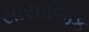
સાસાજિક